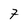
Character: 7